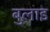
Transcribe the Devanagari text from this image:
बुलाइ